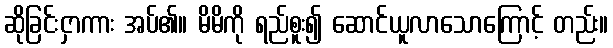
ဆိုခြင်းငှာကား အပ်၏။ မိမိကို ရည်စူး၍ ဆောင်ယူလာသောကြောင့် တည်း။